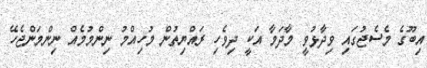
އިބޫގެ މެސެޖުގައި ވިދާޅުވީ މާދަމާ އަކީ ދިވެހި ރައްޔިތުން މުހިއްމު ނިންމުމެއް ނިންމަންޖެހޭ